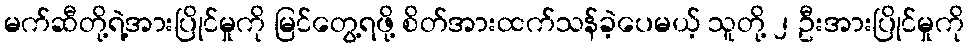
မက်ဆီတို့ရဲ့အားပြိုင်မှုကို မြင်တွေ့ရဖို့ စိတ်အားထက်သန်ခဲ့ပေမယ့် သူတို့ ၂ ဦးအားပြိုင်မှုကို